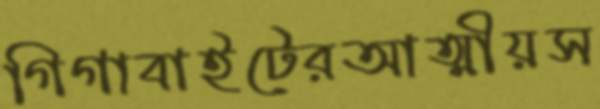
গিগাবাইটেরআত্মীয়স